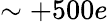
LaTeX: \sim+500e